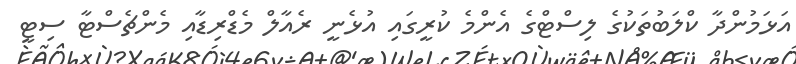
އަޅަމުންދާ ކްލަބުތަކުގެ ލިސްޓްގެ އެންމެ ކުރީގައި އުޅެނީ ރެއާލް މެޑްރިޑާއި މެންޗެސްޓާ ސިޓީ